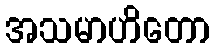
အသမာဟိတော